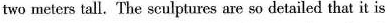
two meters tall. The sculptures are so detailed that it is